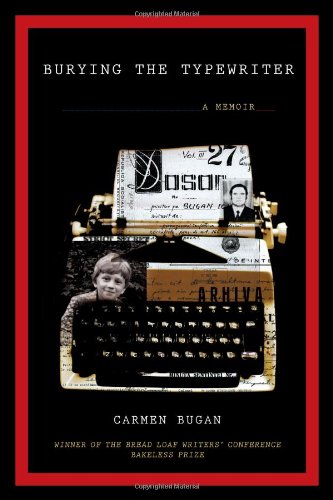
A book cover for Burying the Typewriter: A Memoir; Carmen Bugan; History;